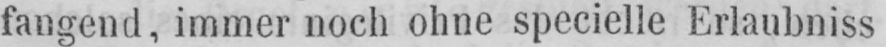
fangend, immer noch ohne specielle Erlaubniss